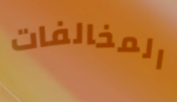
المخالفات